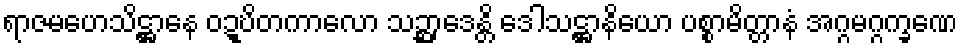
ရာဇမဟေသိဋ္ဌာနေ ဝဍ္ဎိတကာလော သဉ္ဆာဒေန္တိ ဒေါသဋ္ဌာနိယော ပစ္စာမိတ္တာနံ အဂ္ဂမဂ္ဂက္ခဏေ